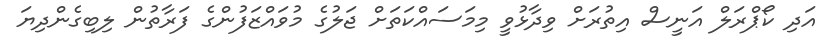
އަދި ކޯޕްރަލް އަނީސް އިތުރަށް ވިދާޅުވީ މިމަސައްކަތަށް ޖަލުގެ މުވައްޒަފުންގެ ފަރާތުން ލިބިގެންދިޔަ